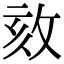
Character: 𢼵